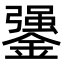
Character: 䥒